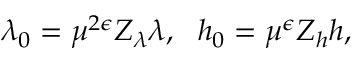
\lambda _ { 0 } = \mu ^ { 2 \epsilon } Z _ { \lambda } \lambda , ~ ~ h _ { 0 } = \mu ^ { \epsilon } Z _ { h } h ,